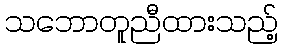
သဘောတူညီထားသည့်